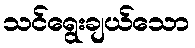
သင်ရွေးချယ်သော